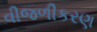
વીજળીકરણ